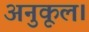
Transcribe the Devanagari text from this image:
अनुकूल।